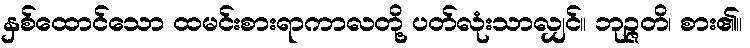
နှစ်ထောင်သော ထမင်းစားရာကာလတို့ ပတ်လုံးသာလျှင်။ ဘုဉ္ဇတိ၊ စား၏။